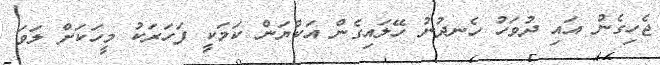
ޖެހިގެން އައި ދުވަހު ހެނދުނު ހޭލައިގެން އަކްޔަން ކަމަކީ ފަހަރަކު މީހަކަށް ލަވަ